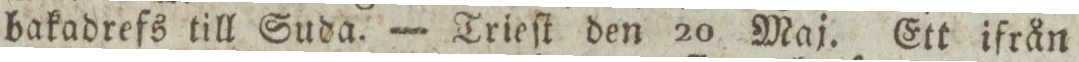
bakadrefs till Suda. — Trieſt den 20 Maj. Ett ifrån